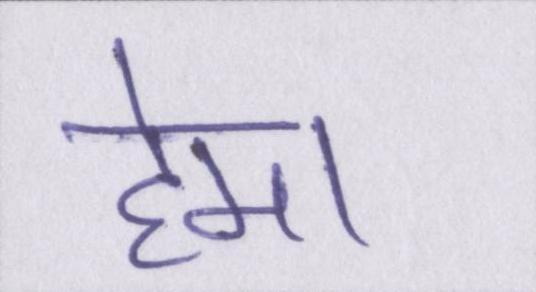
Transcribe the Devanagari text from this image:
हेमा